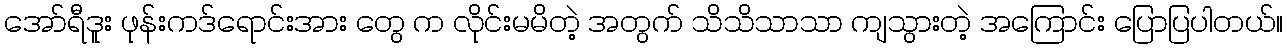
အော်ရီဒူး ဖုန်းကဒ်ရောင်းအား တွေ က လိုင်းမမိတဲ့ အတွက် သိသိသာသာ ကျသွားတဲ့ အကြောင်း ပြောပြပါတယ်။